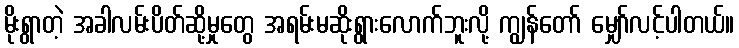
မိုးရွာတဲ့ အခါလမ်းပိတ်ဆို့မှုတွေ အရမ်းမဆိုးရွားလောက်ဘူးလို့ ကျွန်တော် မျှော်လင့်ပါတယ်။